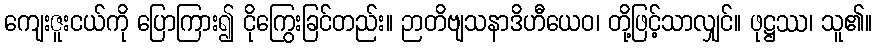
ကျေးဇူးငယ်ကို ပြောကြား၍ ငိုကြွေးခြင်တည်း။ ဉာတိဗျသနာဒိဟီယေဝ၊ တို့ဖြင့်သာလျှင်။ ဖုဋ္ဌဿ၊ သူ၏။